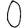
Digit: 0